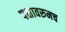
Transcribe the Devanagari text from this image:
पक्षावरुनच